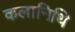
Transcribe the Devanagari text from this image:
कलानिथि